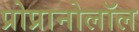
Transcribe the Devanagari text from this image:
प्रोप्रानोलॉल